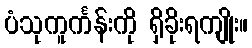
ပံသုကူင်္ကန်းကို ရှိခိုးရကျိုး။